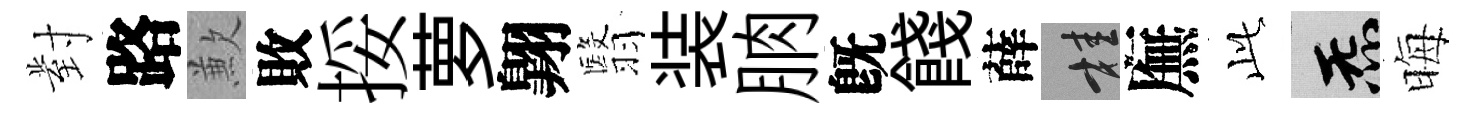
對路歉敗挼萝翺翳装朒旣餞薛桂廡𬼘炁晦